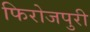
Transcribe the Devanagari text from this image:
फिरोजपुरी